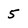
Character: 5